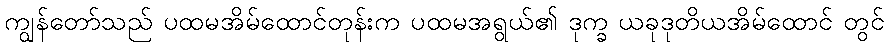
ကျွန်တော်သည် ပထမအိမ်ထောင်တုန်းက ပထမအရွယ်၏ ဒုက္ခ ယခုဒုတိယအိမ်ထောင် တွင်